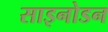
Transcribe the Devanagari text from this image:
साइनोडन